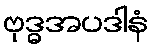
ဗုဒ္ဓအပဒါနံ